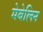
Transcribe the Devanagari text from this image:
मेबेलिन